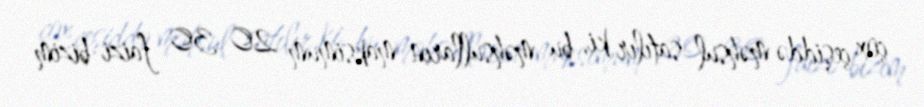
çox çeşiddə məhsul satılır ki, bu məhsulların maksimum 20-30 faizi bizim